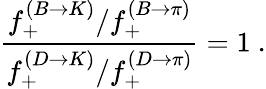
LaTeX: {\frac{f_{+}^{(B\to K)}/f_{+}^{(B\to\pi)}}{f_{+}^{(D\to K)}/f_{+}^{(D\to\pi)}}}=1\ .